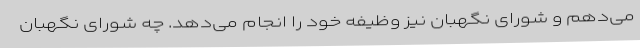
می‌دهم و شورای نگهبان نیز وظیفه خود را انجام می‌دهد. چه شورای نگهبان